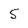
Character: 5